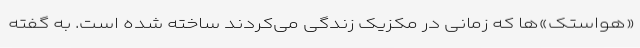
«هواستک»‌ها که زمانی در مکزیک زندگی می‌کردند ساخته شده است. به گفته